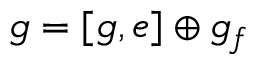
{ \mathfrak { g } } = [ { \mathfrak { g } } , e ] \oplus { \mathfrak { g } } _ { f }